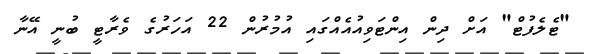
"ޓެލެފުޓް" އަށް ދިން އިންޓަވިއުއެއްގައި އުމުރުން 22 އަހަރުގެ ވެރާޓީ ބުނީ އޭނާ